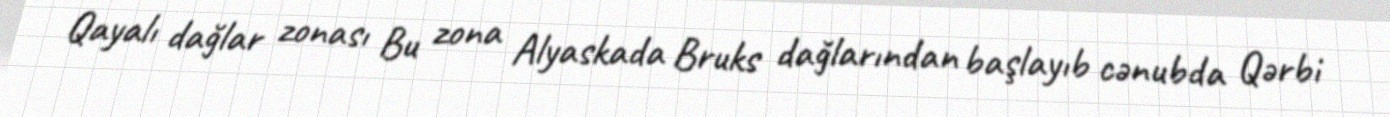
Qayalı dağlar zonası Bu zona Alyaskada Bruks dağlarından başlayıb cənubda Qərbi